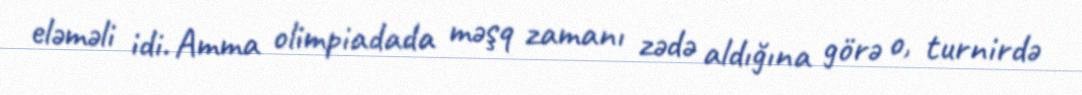
eləməli idi. Amma olimpiadada məşq zamanı zədə aldığına görə o, turnirdə